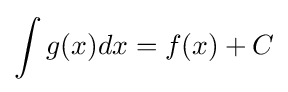
\int g(x)dx=f(x)+C